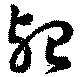
殆